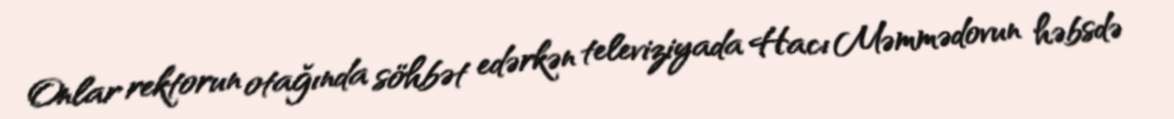
Onlar rektorun otağında söhbət edərkən televiziyada Hacı Məmmədovun həbsdə